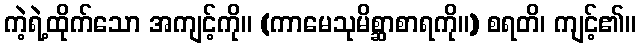
ကဲ့ရဲ့ထိုက်သော အကျင့်ကို။ (ကာမေသုမိစ္ဆာစာရကို။) စရတိ၊ ကျင့်၏။